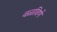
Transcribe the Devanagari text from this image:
वळविणे